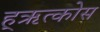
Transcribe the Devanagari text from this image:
ह्ऋत्कोस